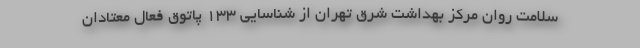
سلامت روان مرکز بهداشت شرق تهران از شناسایی ۱۳۳ پاتوق فعال معتادان